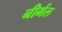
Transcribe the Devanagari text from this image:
नीर्मल